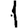
Digit: 1